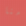
آمنا